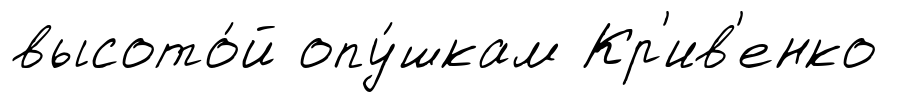
высото́й опу́шкам Кр'ив'енко